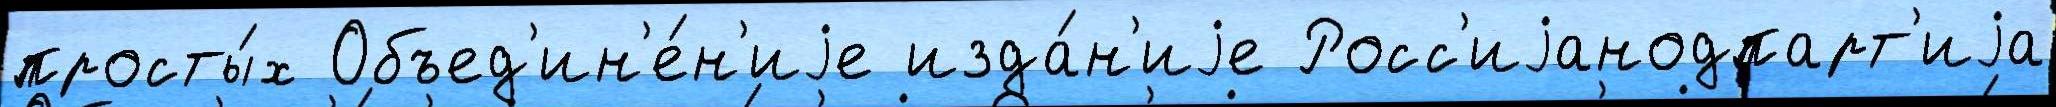
просты́х Объед'ин'е́н'иjе изда́н'иjе Росс'иjанодпарт'иjа